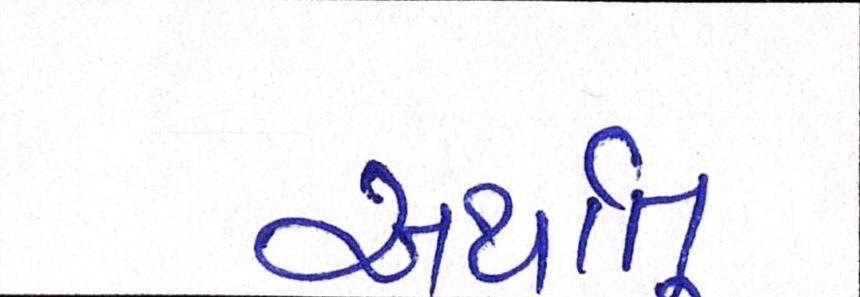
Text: અર્થાત્